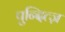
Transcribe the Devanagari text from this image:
पुन्दित्ज़